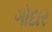
ગોદાર